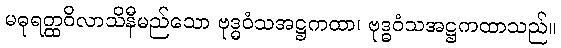
မဓုရတ္ထဝိလာသိနီမည်သော ဗုဒ္ဓဝံသအဋ္ဌကထာ၊ ဗုဒ္ဓဝံသအဋ္ဌကထာသည်။